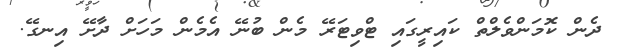
ދެން ކޮމަންވެލްްްތް ކައިރީގައި ޓްވިޓަރޭ މެން ބުނޭ އެމެން މަހަށް ދާށޭ އިނގޭ.